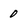
Character: 0